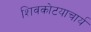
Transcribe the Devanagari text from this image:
शिवकोटयाचार्य